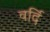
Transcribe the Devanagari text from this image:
वर्दि